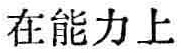
在能力上